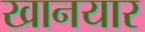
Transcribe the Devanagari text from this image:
खानयार